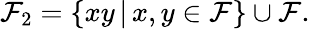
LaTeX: \mathcal{F}_{2}=\{ xy\, \vert\, x,y\in\mathcal{F}\} \cup\mathcal{F}.